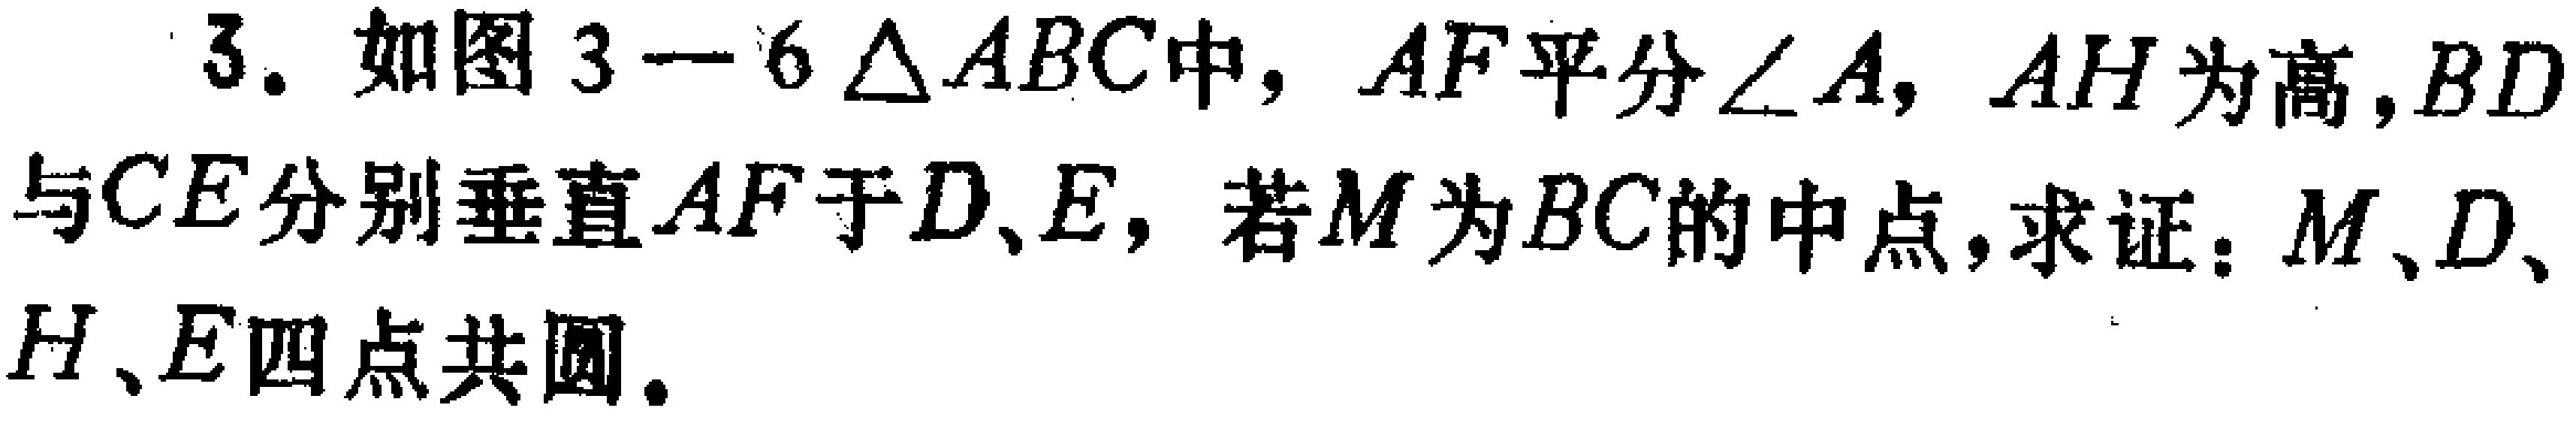
3. 如图3−6 \(\triangle ABC\)中，\(AF\)平分\(\angle A\)，\(AH\)为高，\(BD\)与\(CE\)分别垂直\(AF\)于\(D\)、\(E\)，若\(M\)为\(BC\)的中点，求证：\(M\)、\(D\)、\(H\)、\(E\)四点共圆。